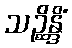
သဉ္ဆိန္ဒိံ